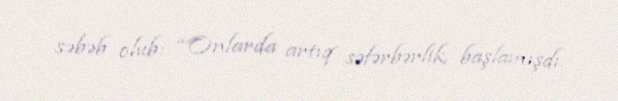
səbəb olub: “Onlarda artıq səfərbərlik başlamışdı.